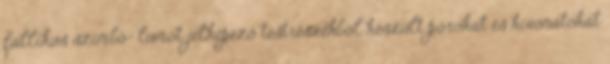
fallikus szimbó- lumot jelképező testrészekből készült porokat és kivonatokat